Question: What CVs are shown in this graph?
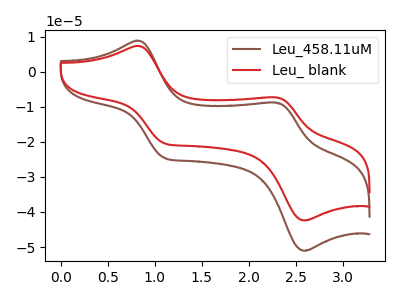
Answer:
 <answer>The brown curve is labeled "Leu_458.11uM". The red curve is labeled "Leu_ blank".</answer>
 <eval></eval>